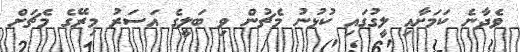
ވެދާނެ ކަމަށާއި ލީގުގައި ކުޅުނު މެޗުން ވި ބަލީގެ އަސަރު މިރޭގެ މެޗަށް